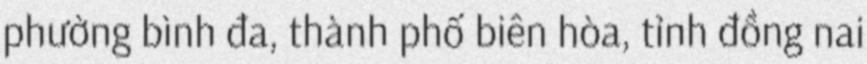
phường bình đa, thành phố biên hòa, tỉnh đồng nai